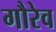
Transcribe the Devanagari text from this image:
गौरेव